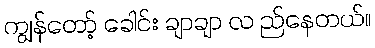
ကျွန်တော့် ခေါင်း ချာချာ လ ည်နေတယ်။